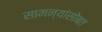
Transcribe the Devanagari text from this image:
सामन्यांसोबत